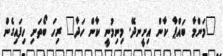
"މަންމާ ބައްޕާ ކާން އިށީނދޭ. މިނިމުނީ ކާން ހަދާ" ރިހަ ބޯތަށި ހިފައިގެން